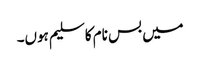
میں بس نام کا سلیم ہوں۔